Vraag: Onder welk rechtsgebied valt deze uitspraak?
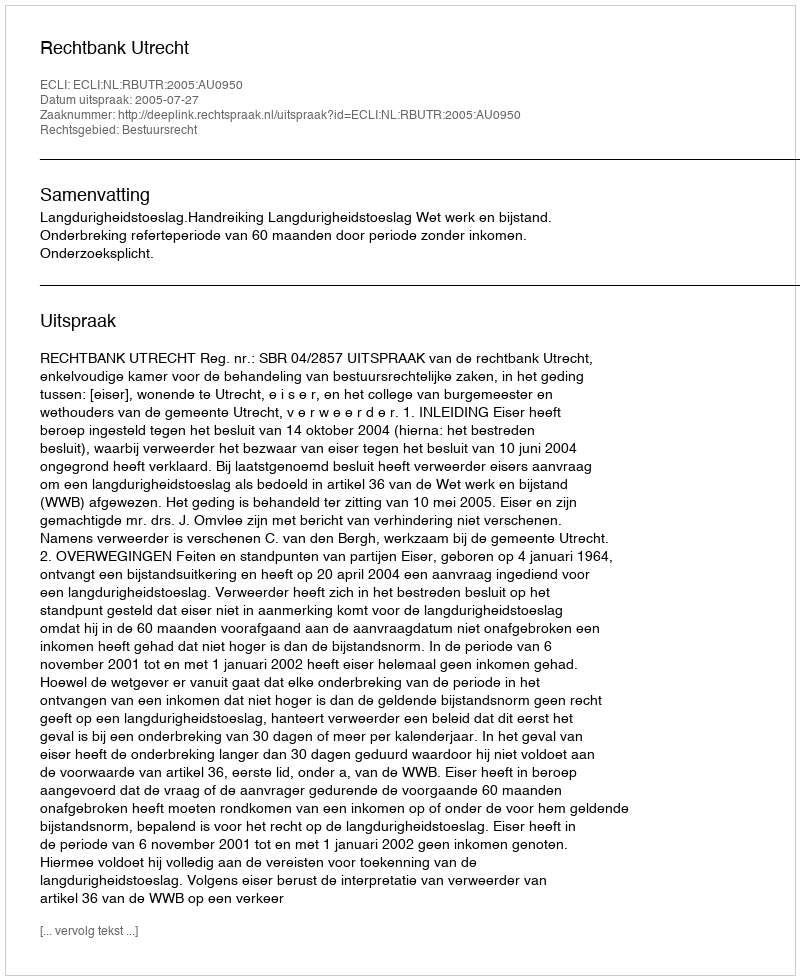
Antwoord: Bestuursrecht